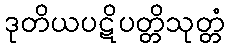
ဒုတိယပဋိပတ္တိသုတ္တံ